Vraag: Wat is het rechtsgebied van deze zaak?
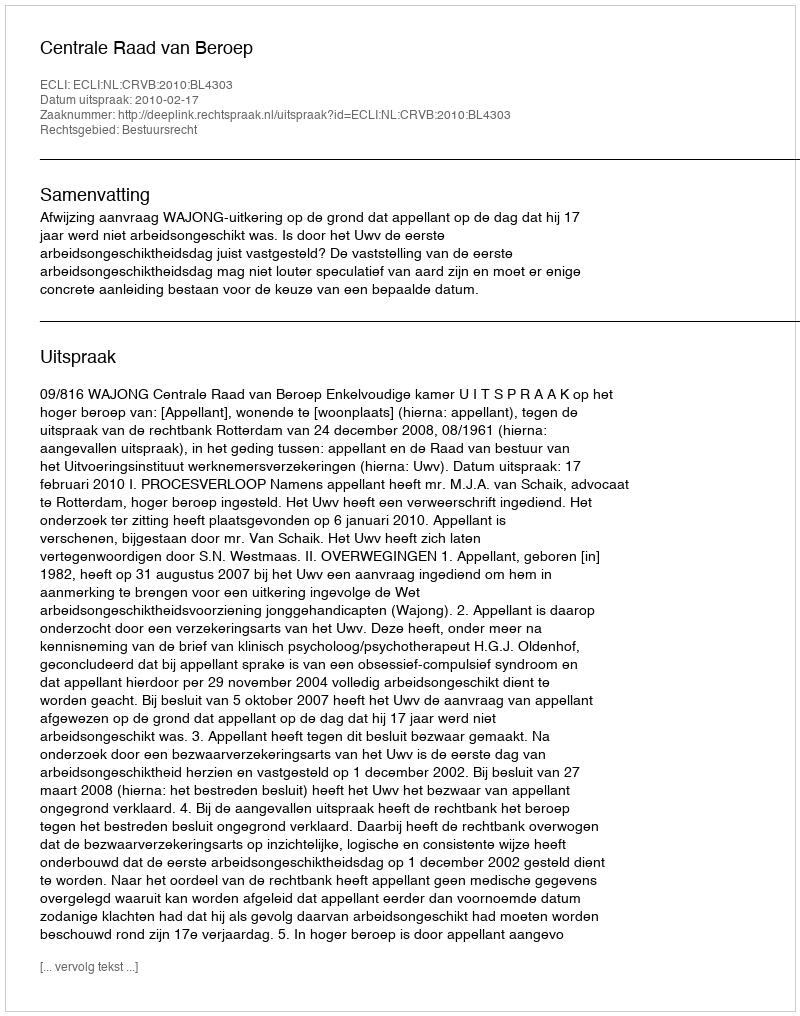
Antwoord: Bestuursrecht